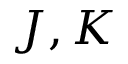
J , K